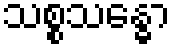
သစ္စသန္ဓော